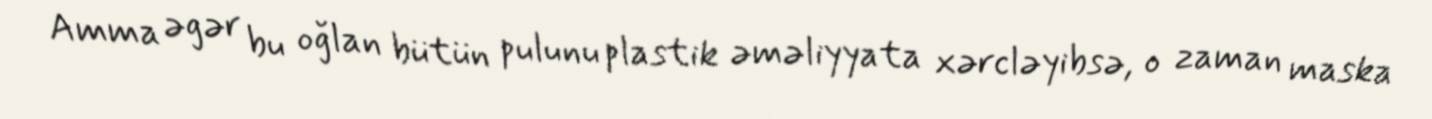
Amma əgər bu oğlan bütün pulunu plastik əməliyyata xərcləyibsə, o zaman maska